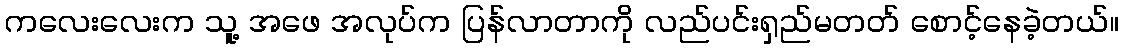
ကလေးလေးက သူ့ အဖေ အလုပ်က ပြန်လာတာကို လည်ပင်းရှည်မတတ် စောင့်နေခဲ့တယ်။